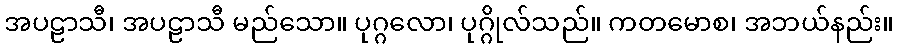
အပဠာသီ၊ အပဠာသီ မည်သော။ ပုဂ္ဂလော၊ ပုဂ္ဂိုလ်သည်။ ကတမောစ၊ အဘယ်နည်း။